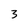
Character: 3